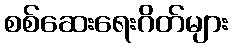
စစ်ဆေးရေးဂိတ်များ